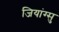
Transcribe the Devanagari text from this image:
जियांग्सु